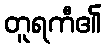
တူရကီ၏